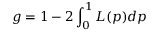
g = 1 - 2 \int _ { 0 } ^ { 1 } L ( p ) d p